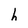
Character: h